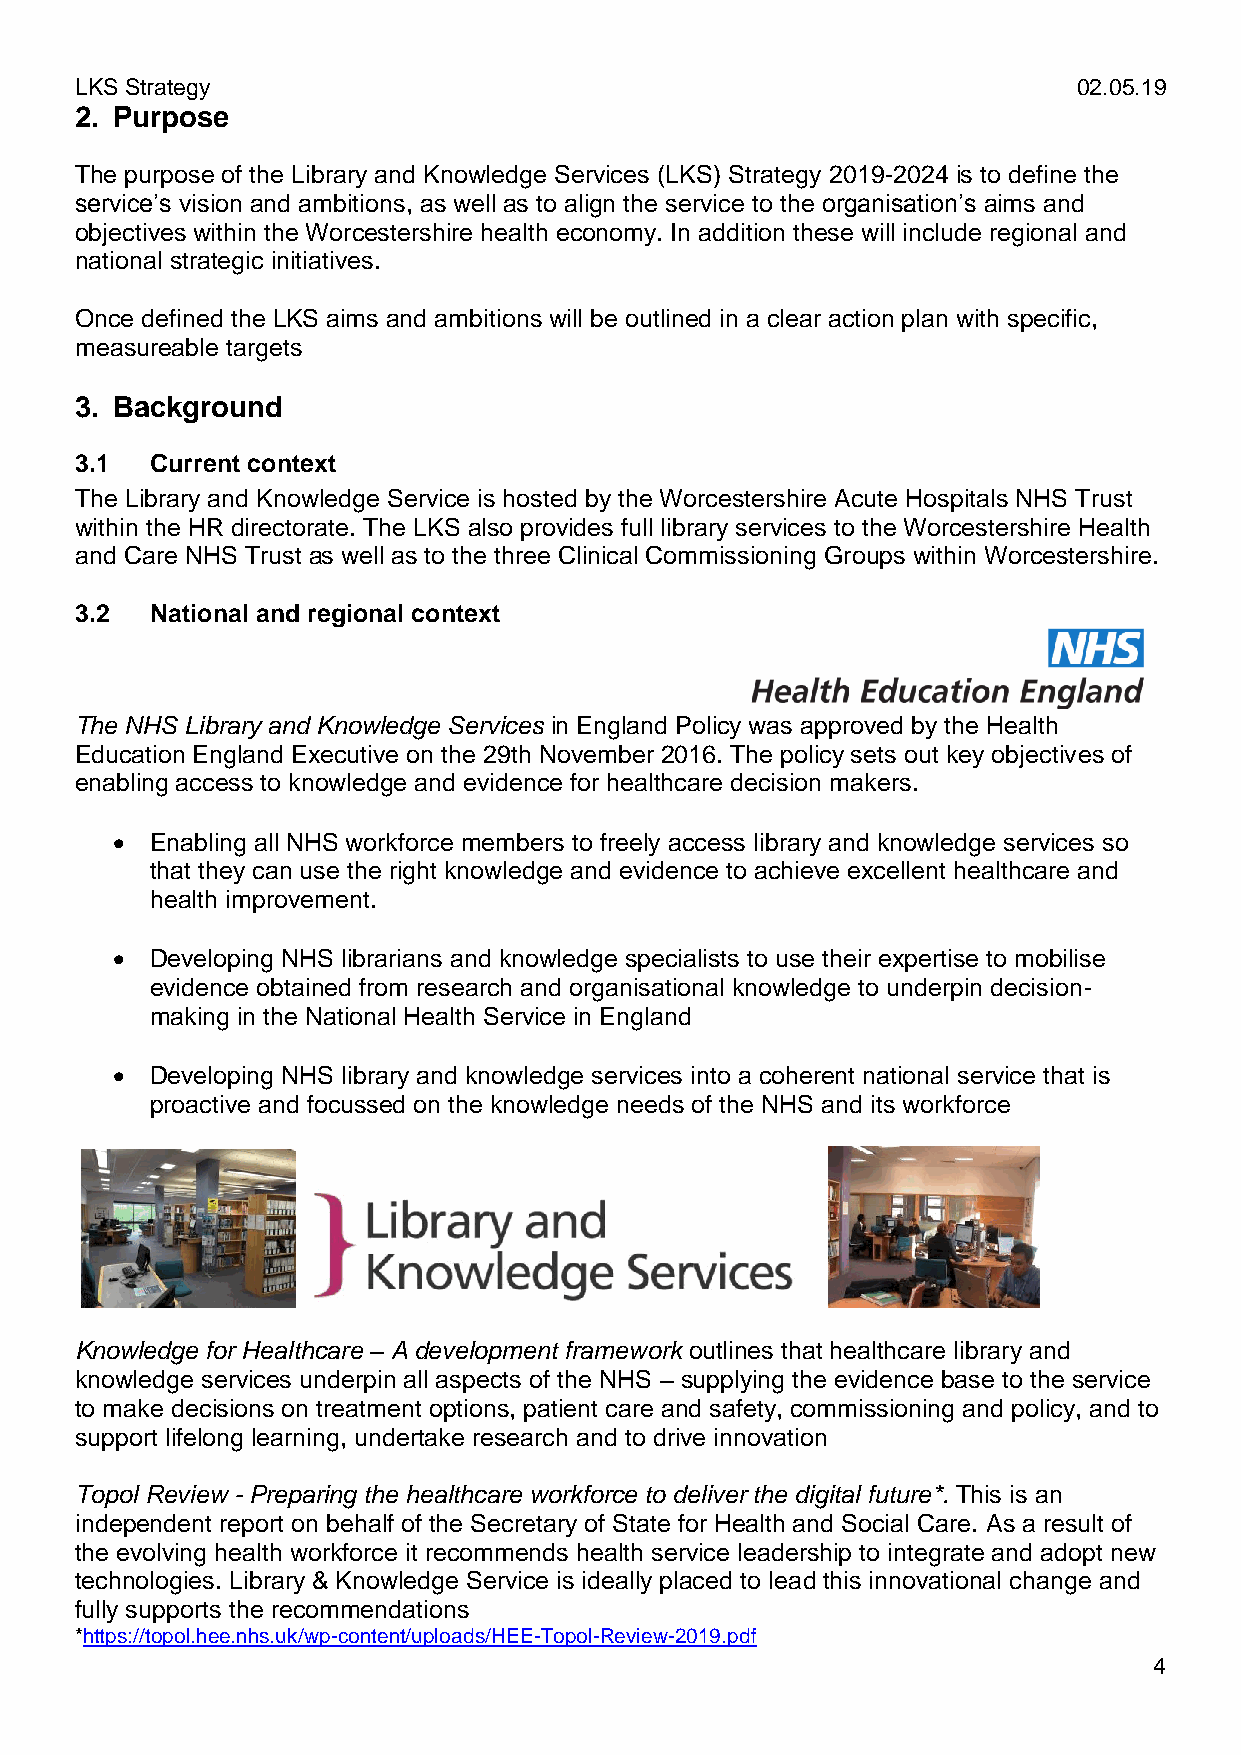
LKS Strategy                                                      02.05.19
 2. Purpose
 The purpose of the Library and Knowledge Services (LKS) Strategy 2019-2024 is to define the
 service’s vision and ambitions, as well as to align the service to the organisation’s aims and
 objectives within the Worcestershire health economy. In addition these will include regional and
 national strategic initiatives.
 Once defined the LKS aims and ambitions will be outlined in a clear action plan with specific,
 measureable targets
 3. Background
 3.1  Current context
 The Library and Knowledge Service is hosted by the Worcestershire Acute Hospitals NHS Trust
 within the HR directorate. The LKS also provides full library services to the Worcestershire Health
 and Care NHS Trust as well as to the three Clinical Commissioning Groups within Worcestershire.
 3.2  National and regional context
 The NHS Library and Knowledge Services in England Policy was approved by the Health
 Education England Executive on the 29th November 2016. The policy sets out key objectives of
 enabling access to knowledge and evidence for healthcare decision makers.
   Enabling all NHS workforce members to freely access library and knowledge services so
 that they can use the right knowledge and evidence to achieve excellent healthcare and
 health improvement.
   Developing NHS librarians and knowledge specialists to use their expertise to mobilise
 evidence obtained from research and organisational knowledge to underpin decision-
 making in the National Health Service in England
   Developing NHS library and knowledge services into a coherent national service that is
 proactive and focussed on the knowledge needs of the NHS and its workforce
 Knowledge for Healthcare – A development framework outlines that healthcare library and
 knowledge services underpin all aspects of the NHS – supplying the evidence base to the service
 to make decisions on treatment options, patient care and safety, commissioning and policy, and to
 support lifelong learning, undertake research and to drive innovation
 Topol Review - Preparing the healthcare workforce to deliver the digital future*. This is an
 independent report on behalf of the Secretary of State for Health and Social Care. As a result of
 the evolving health workforce it recommends health service leadership to integrate and adopt new
 technologies. Library & Knowledge Service is ideally placed to lead this innovational change and
 fully supports the recommendations
 *https://topol.hee.nhs.uk/wp-content/uploads/HEE-Topol-Review-2019.pdf
 4